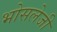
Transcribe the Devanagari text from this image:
भोसलेजी